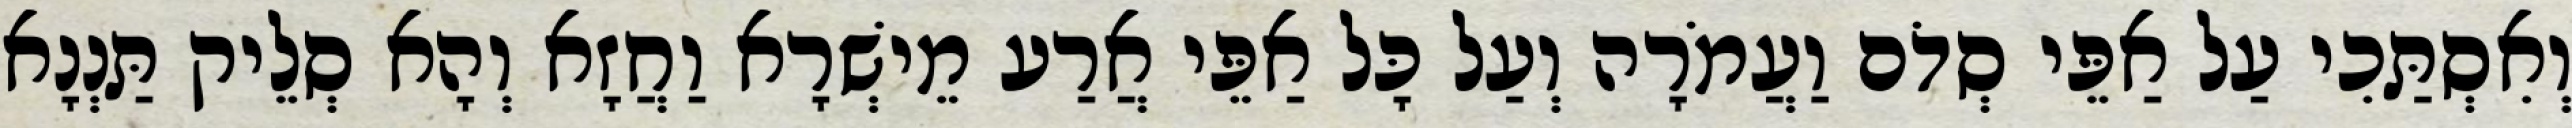
וְאִסְתַּכִי עַל אַפֵּי סְדֹם וַעֲמֹרָה וְעַל כָּל אַפֵּי אֲרַע מֵישְׁרָא וַחֲזָא וְהָא סְלֵיק תַּנְנָא